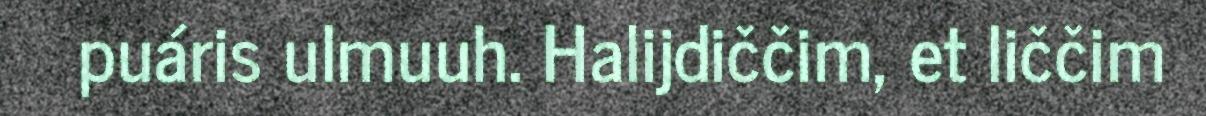
puáris ulmuuh. Halijdiččim, et liččim